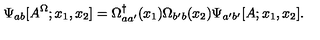
\Psi _ { a b } [ A ^ { \Omega } ; x _ { 1 } , x _ { 2 } ] = \Omega _ { a a ^ { \prime } } ^ { \dagger } ( x _ { 1 } ) \Omega _ { b ^ { \prime } b } ( x _ { 2 } ) \Psi _ { a ^ { \prime } b ^ { \prime } } [ A ; x _ { 1 } , x _ { 2 } ] .